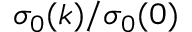
\sigma _ { 0 } ( k ) / \sigma _ { 0 } ( 0 )